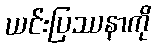
ယင်းပြဿနာကို